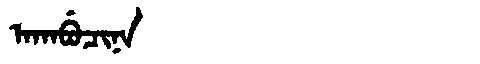
Manchu: ᠠᡴᠠᠪᡠᠴᡳᠨᠠ
Romanization: AKABUCINA